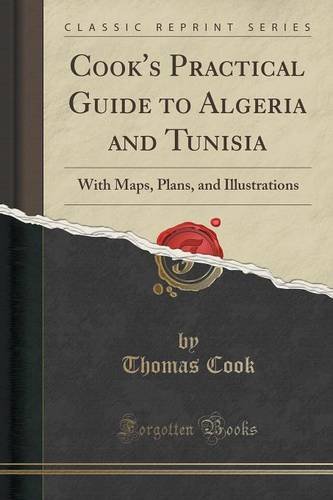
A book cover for Cook's Practical Guide to Algeria and Tunisia: With Maps, Plans, and Illustrations (Classic Reprint); Thomas Cook; Travel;